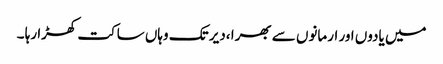
میں یادوں اور ارمانوں سے بھرا ،دیر تک وہاں ساکت کھڑا رہا ۔